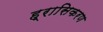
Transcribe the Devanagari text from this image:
ह्रासिकरण